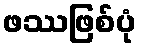
ဖဿဖြစ်ပုံ